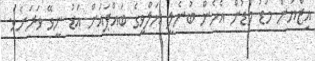
އިޒްޔަން މަޑު މަޑުން އެހެން ބުނެލީ ޔަލްވީގެ ބައްޕައަށް އަޑު ނީވޭ ވަރަށެވެ.